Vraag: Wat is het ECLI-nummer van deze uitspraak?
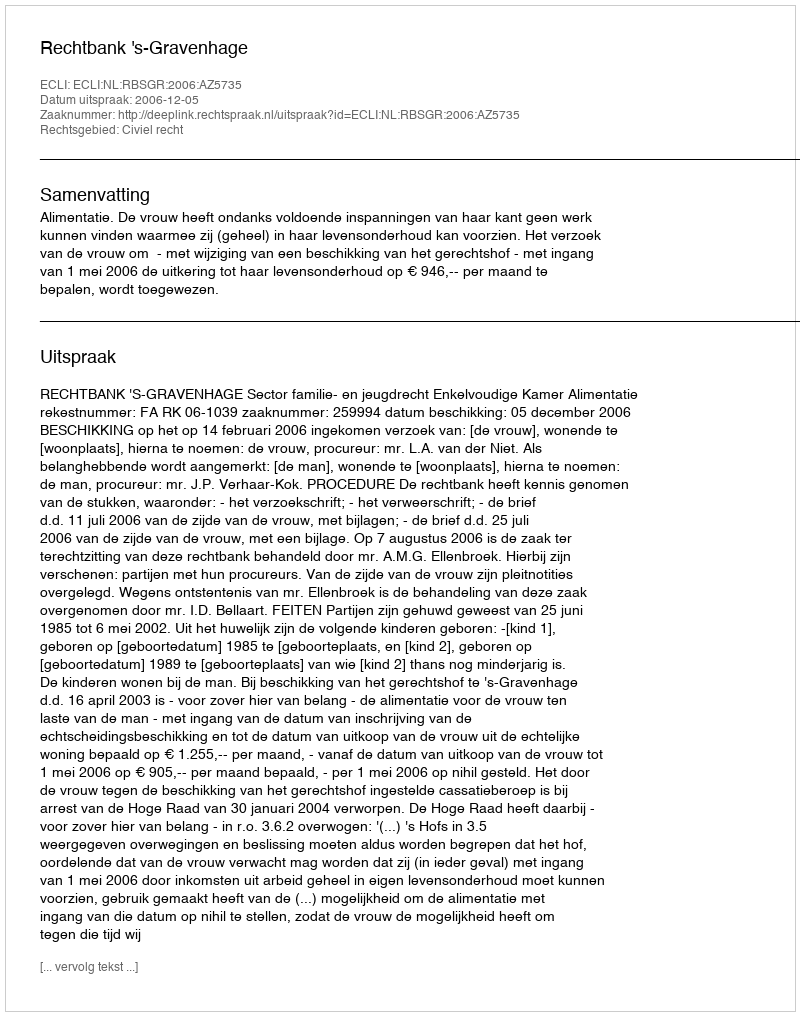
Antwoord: ECLI:NL:RBSGR:2006:AZ5735